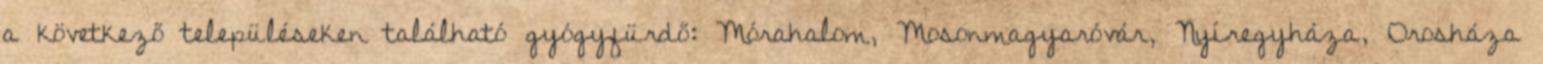
a következő településeken található gyógyfürdő: Mórahalom, Mosonmagyaróvár, Nyíregyháza, Orosháza